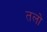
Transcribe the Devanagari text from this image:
तलो